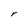
Character: r